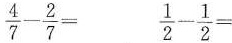
$$\frac{4}{7}- \frac{2}{7}=$$ $$\frac{1}{2}- \frac{1}{2}=$$